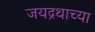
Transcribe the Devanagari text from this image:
जयद्रथाच्या